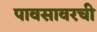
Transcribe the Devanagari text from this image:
पावसावरची